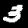
Label: 3